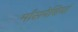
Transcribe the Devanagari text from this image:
माँसपेशियां